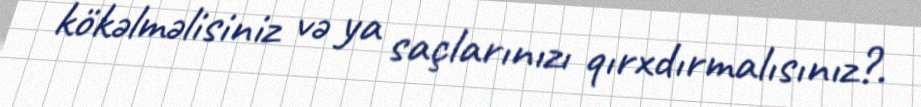
kökəlməlisiniz və ya saçlarınızı qırxdırmalısınız?.